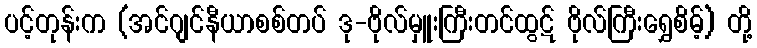
ပင့်တုန်းက (အင်ဂျင်နီယာစစ်တပ် ဒု-ဗိုလ်မှူးကြီးတင်ထွဋ် ဗိုလ်ကြီးရွှေစိမ့်) တို့